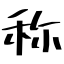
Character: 称